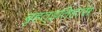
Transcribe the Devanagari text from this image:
बृहत्इतिहास